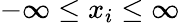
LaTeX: -\infty\leq x_{i}\leq\infty